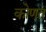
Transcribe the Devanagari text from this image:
कोणतं